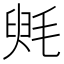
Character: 𣮵